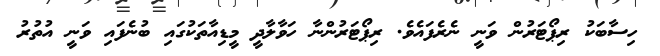
ހިސާބަކު ރިޕޯޓަރުން ވަނީ ނެރެފައެވެ. ރިޕޯޓަރުންނާ ހަވާލާދީ މީޑިއާތަކުގައި ބުނެފައި ވަނީ އުތުރު